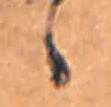
ゝ